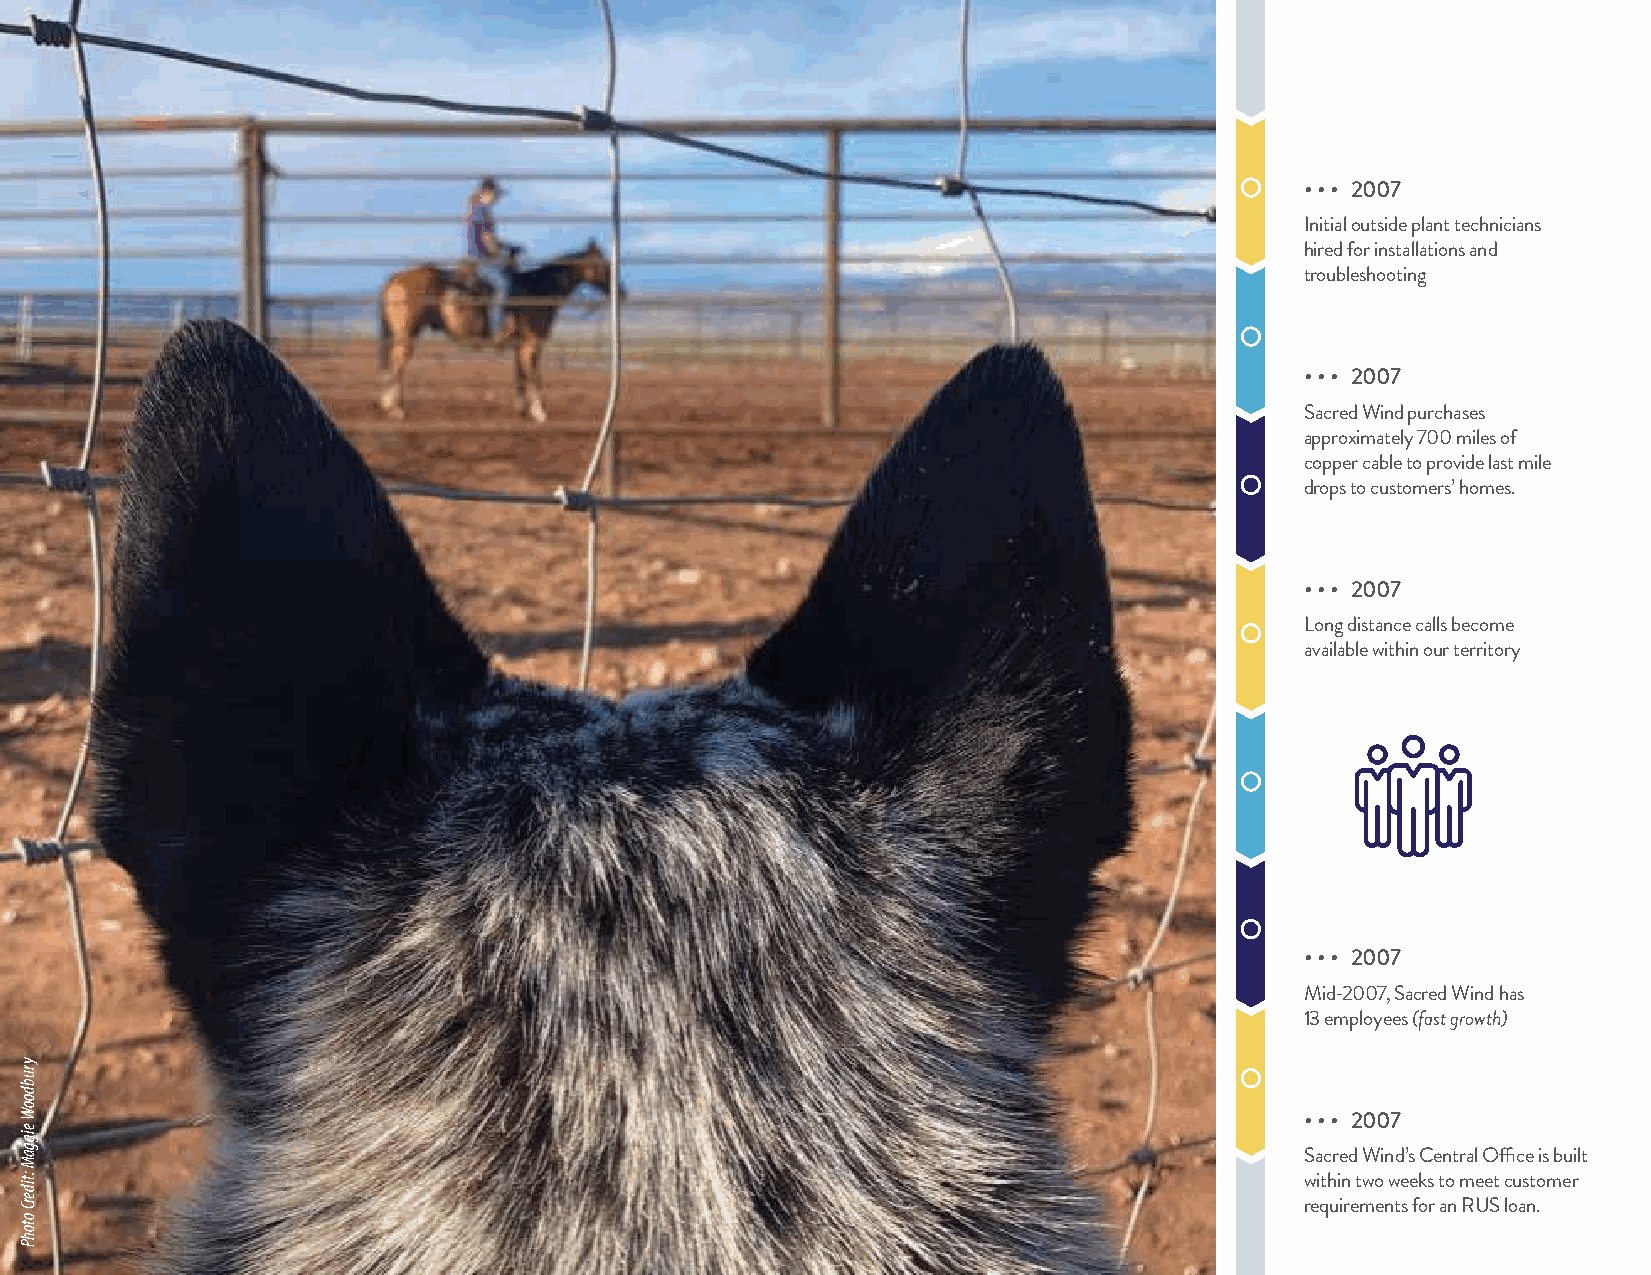
• • • 2007
 Initial outside plant technicians
 hired for installations and
 troubleshooting
 • • • 2007
 Sacred Wind purchases
 approximately 700 miles of
 copper cable to provide last mile
 drops to customers’ homes.
 • • • 2007
 Long distance calls become
 available within our territory
 SacredWindCommunications.com
 • • • 2007
 Mid-2007, Sacred Wind has
 13 employees (fast growth)
 • • • 2007
 Sacred Wind’s Central Office is built
 within two weeks to meet customer
 requirements for an RUS loan.
 yrubdooW
 eiggaM
 :tiderC
 otohP